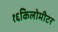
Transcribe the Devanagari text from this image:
१६किलोमीटर